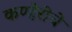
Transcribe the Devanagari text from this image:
कण्हेरीचे